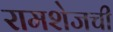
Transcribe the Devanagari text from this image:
रामशेजची